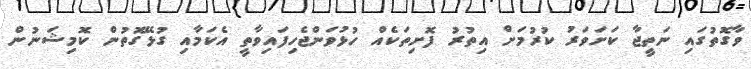
ވާގޮތުގައި ނަތީޖާ ކަށަވަރު ކުރުމަށް އިތުރު ފޮށިތަކެއް ހުޅުވަންޖެހިފައިވާތީ އެކަމާއި ގުޅޭގޮތުން ކޮމިޝަނުން